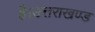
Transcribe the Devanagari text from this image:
है।उत्तराखण्ड